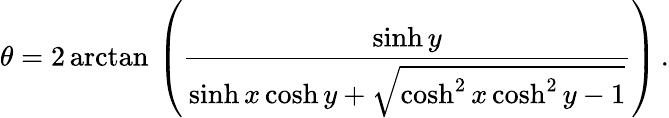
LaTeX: \theta=2\arctan\, \left({\frac{\sinh y}{\sinh x\cosh y+{\sqrt{\cosh^{2}x\cosh^{2}y-1}}}}\right)\, .